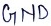
Text: GND